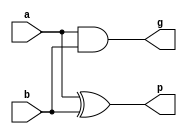
module Pre(p,g,a,b);
input a,b;
output p,g;


xor g1 (p,a,b);
and g2 (g,a,b);

endmodule